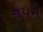
નપમ